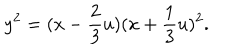
y ^ { 2 } = ( x - \frac { 2 } { 3 } u ) ( x + \frac { 1 } { 3 } u ) ^ { 2 } .